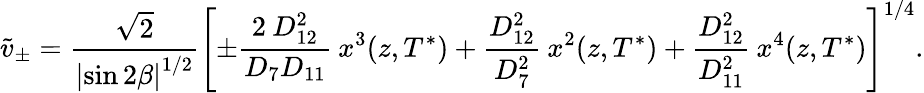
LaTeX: \tilde{v}_{\pm}=\frac{\sqrt{2}}{\left|\sin 2\beta\right|^{1/2}}\left[\pm\frac{2\: D_{12}^{2}}{D_{7}D_{11}}\: x^{3}(z,T^{*})+\frac{D_{12}^{2}}{D_{7}^{2}}\: x^{2}(z,T^{*})+\frac{D_{12}^{2}}{D_{11}^{2}}\: x^{4}(z,T^{*})\right]^{1/4}.